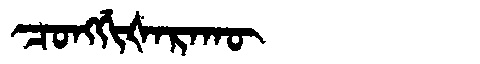
Manchu: ᠴᠣᠩᡤᡳᡧᠠᡵᠠᡴᡡ
Romanization: CONGGIŠARAKŪ